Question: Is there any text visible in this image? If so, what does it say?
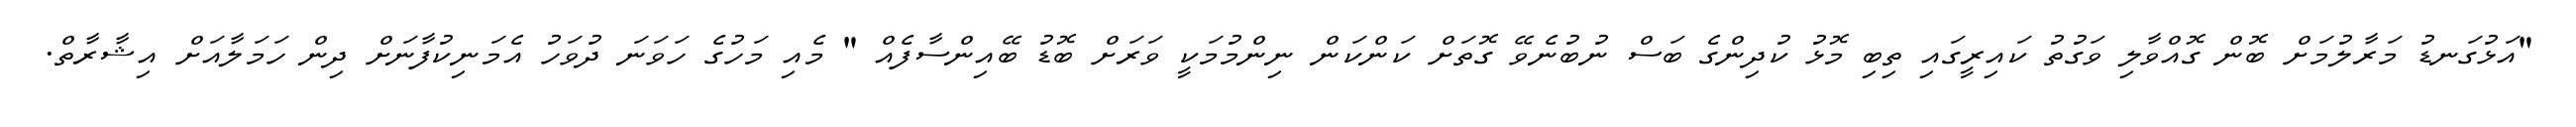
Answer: "އަޅުގަނޑު މަރާލުމަށް ބޮން ގޮއްވާލި ވަގުތު ކައިރީގައި ތިބި މޮޅު ކުދިންގެ ބަސް ނުބުނެވޭ ގޮތަށް ކަންކަން ނިންމުމަކީ ވަރަށް ބޮޑު ބޭއިންސާފެއް " މެއި މަހުގެ ހަވަނަ ދުވަހު އެމަނިކުފާނަށް ދިން ހަމަލާއަށް އިޝާރާތް.